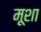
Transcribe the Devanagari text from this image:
मूशा